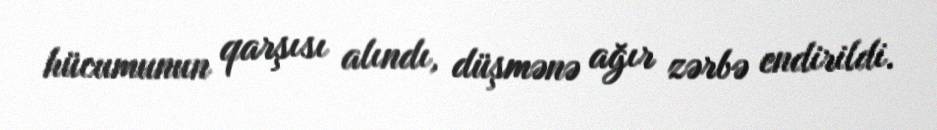
hücumunun qarşısı alındı, düşmənə ağır zərbə endirildi.